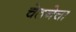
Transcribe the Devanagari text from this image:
चेतनेचा